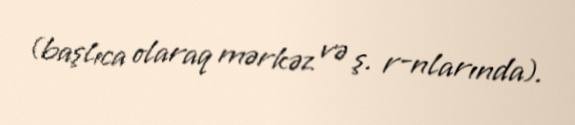
(başlıca olaraq mərkəz və ş. r-nlarında).